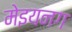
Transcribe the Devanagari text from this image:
मेइयनग